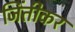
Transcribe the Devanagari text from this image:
जिंतीकर